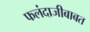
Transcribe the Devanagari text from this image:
फलंदाजीबाबत